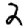
Digit: 2